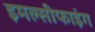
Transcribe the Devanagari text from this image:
इमल्सीफाइंग